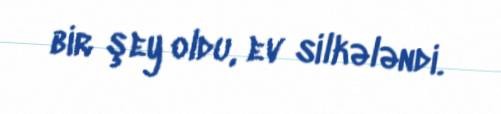
bir şey oldu, ev silkələndi.